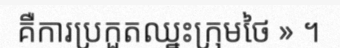
គឺការប្រកួតឈ្នះក្រុមថៃ » ។